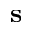
\mathbf { s }